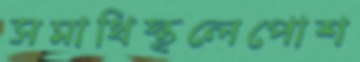
সমাধিস্থলেপোশ